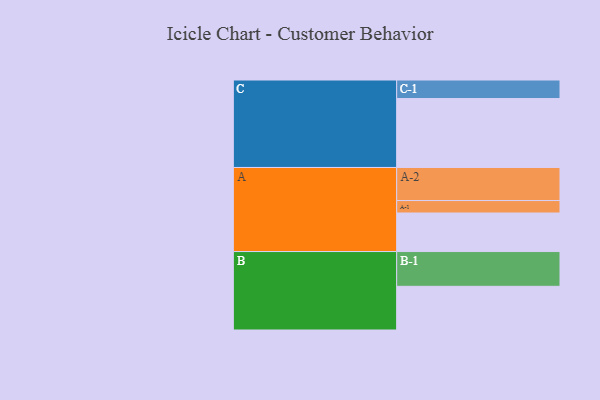
{"axis": {"x": "Segment", "y": "Value"}, "legend": ["", "A", "B", "C"], "data": [{"x": "A", "y": 316, "type": ""}, {"x": "B", "y": 358, "type": ""}, {"x": "C", "y": 565, "type": ""}, {"x": "A-1", "y": 102, "type": "A"}, {"x": "A-2", "y": 271, "type": "A"}, {"x": "B-1", "y": 285, "type": "B"}, {"x": "C-1", "y": 152, "type": "C"}]}